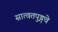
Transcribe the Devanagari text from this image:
सात्वतपुङ्गवे